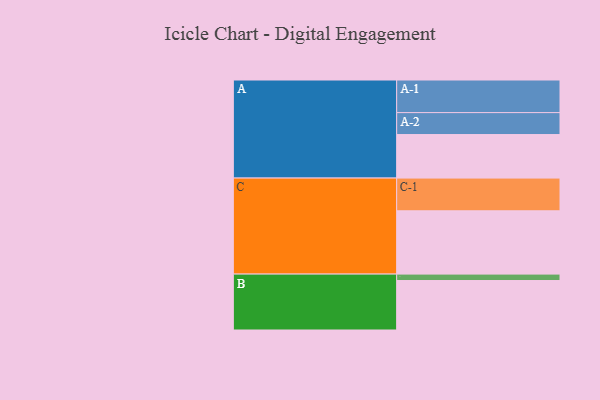
{"axis": {"x": "Segment", "y": "Value"}, "legend": ["", "A", "B", "C"], "data": [{"x": "A", "y": 387, "type": ""}, {"x": "B", "y": 440, "type": ""}, {"x": "C", "y": 563, "type": ""}, {"x": "A-1", "y": 290, "type": "A"}, {"x": "A-2", "y": 195, "type": "A"}, {"x": "B-1", "y": 57, "type": "B"}, {"x": "C-1", "y": 291, "type": "C"}]}